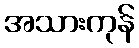
အသားကုန်